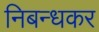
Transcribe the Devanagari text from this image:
निबन्धकर